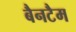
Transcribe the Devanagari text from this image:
बैनटैम